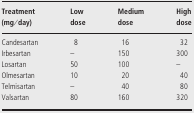
<table><thead><tr><td><b>Treatment (mg/day)</b></td><td><b>Low dose</b></td><td><b>Medium dose</b></td><td><b>High dose</b></td></tr></thead><tbody><tr><td>Candesartan</td><td>8</td><td>16</td><td>32</td></tr><tr><td>Irbesartan</td><td>–</td><td>150</td><td>300</td></tr><tr><td>Losartan</td><td>50</td><td>100</td><td>–</td></tr><tr><td>Olmesartan</td><td>10</td><td>20</td><td>40</td></tr><tr><td>Telmisartan</td><td>–</td><td>40</td><td>80</td></tr><tr><td>Valsartan</td><td>80</td><td>160</td><td>320</td></tr></tbody></table>